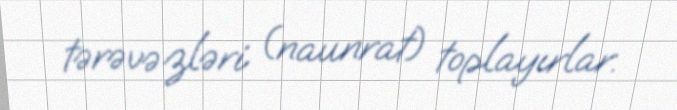
tərəvəzləri (naunrat) toplayırlar.